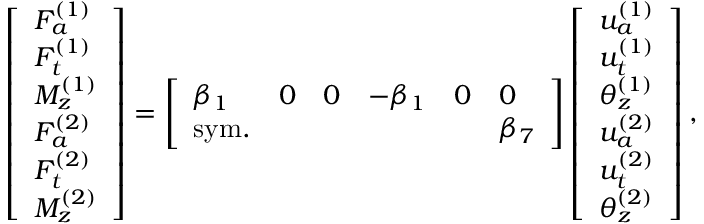
\left[ \begin{array} { l } { F _ { a } ^ { ( 1 ) } } \\ { F _ { t } ^ { ( 1 ) } } \\ { M _ { z } ^ { ( 1 ) } } \\ { F _ { a } ^ { ( 2 ) } } \\ { F _ { t } ^ { ( 2 ) } } \\ { M _ { z } ^ { ( 2 ) } } \end{array} \right] = \left[ \begin{array} { l l l l l l } { \beta _ { 1 } } & { 0 } & { 0 } & { - \beta _ { 1 } } & { 0 } & { 0 } \\ { \mathrm { s y m . } } & { } & { } & { } & { } & { \beta _ { 7 } } \end{array} \right] \left[ \begin{array} { l } { u _ { a } ^ { ( 1 ) } } \\ { u _ { t } ^ { ( 1 ) } } \\ { \theta _ { z } ^ { ( 1 ) } } \\ { u _ { a } ^ { ( 2 ) } } \\ { u _ { t } ^ { ( 2 ) } } \\ { \theta _ { z } ^ { ( 2 ) } } \end{array} \right] ,